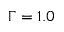
\Gamma = 1 . 0